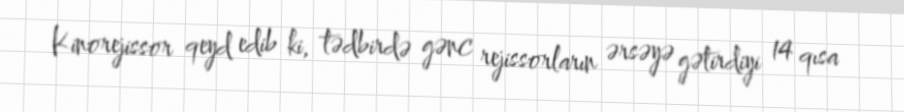
Kinorejissor qeyd edib ki, tədbirdə gənc rejissorların ərsəyə gətirdiyi 14 qısa